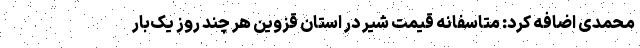
محمدی اضافه کرد: متاسفانه قیمت شیر در استان قزوین هر چند روز یک‌بار